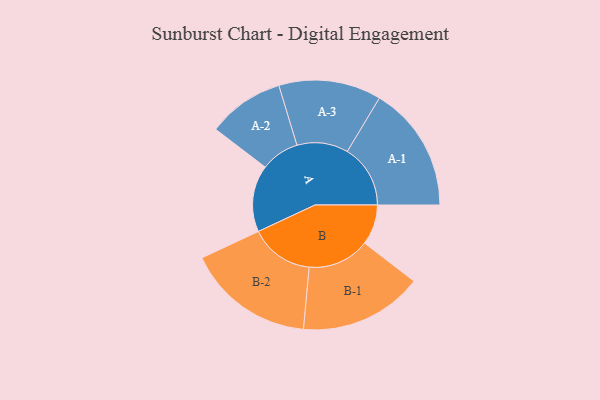
{"axis": {"x": "Segment", "y": "Value"}, "legend": ["", "A", "B"], "data": [{"x": "A", "y": 259, "type": ""}, {"x": "B", "y": 156, "type": ""}, {"x": "A-1", "y": 245, "type": "A"}, {"x": "A-2", "y": 149, "type": "A"}, {"x": "A-3", "y": 199, "type": "A"}, {"x": "B-1", "y": 240, "type": "B"}, {"x": "B-2", "y": 248, "type": "B"}]}